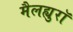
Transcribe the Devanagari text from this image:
मैलह्युरॉ